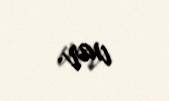
var.